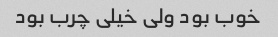
خوب بود ولی خیلی چرب بود